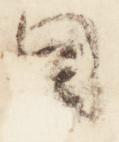
目